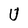
Character: U